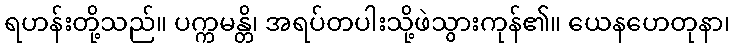
ရဟန်းတို့သည်။ ပက္ကမန္တိ၊ အရပ်တပါးသို့ဖဲသွားကုန်၏။ ယေနဟေတုနာ၊